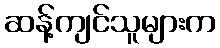
ဆန့်ကျင်သူများက